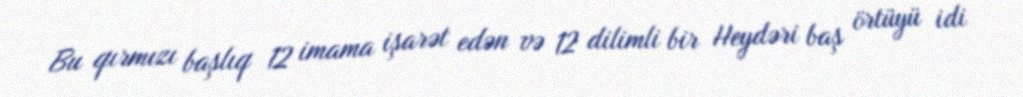
Bu qırmızı başlıq 12 imama işarət edən və 12 dilimli bir Heydəri baş örtüyü idi